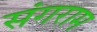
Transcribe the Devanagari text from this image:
संगराम